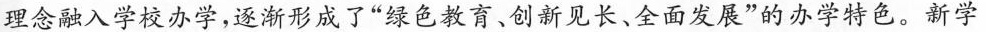
理念融入学校办学，逐渐形成了”绿色教育。创新见长、全面发展”的办学特色。新学